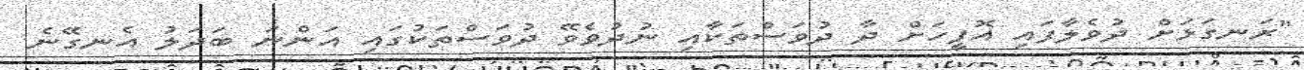
"ރަނގަޅަށް ދުވެލާފައި އޮފީހަށް ދާ ދުވަސްތަކާއި ނުދުވެވޭ ދުވަސްތަކުގައި އަންނަ ބަދަލު އެނގޭނެ